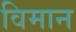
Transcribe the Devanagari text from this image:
विमान